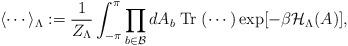
LaTeX: \begin{align*}\langle \cdots\rangle_\Lambda:=\frac{1}{Z_\Lambda}\int_{-\pi}^{\pi}\prod_{b\in\mathcal{B}}dA_b\; {\rm Tr}\; (\cdots)\exp[-\beta \mathcal{H}_\Lambda(A)], \end{align*}